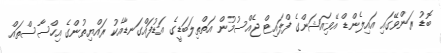
ބޮޑު ރަންވޭގައި އައިލެންޑް އޭވިއަޝަންގެ ފްލައިޓް ޖެއްސުމުން އަތްތިލަބަޑީގެ އަޑުފައްގަނޑާއެކު ރައްޔިތުންގެ އިހްސާސްތައް